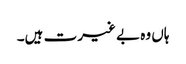
ہاں وہ بے غیرت ہیں۔